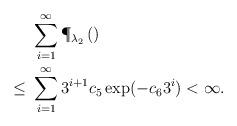
LaTeX: \begin{align*}&\sum_{i=1}^{\infty}\P_{\lambda_2} \left( \right)\\\leq\,\,& \sum_{i=1}^{\infty} 3^{i+1}c_5\exp(-c_63^i)<\infty.\end{align*}